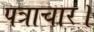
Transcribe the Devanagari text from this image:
पत्राचार।